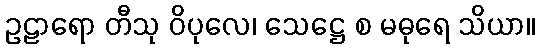
ဥဠာရော တီသု ဝိပုလေ၊ သေဋ္ဌေ စ မဓုရေ သိယာ။